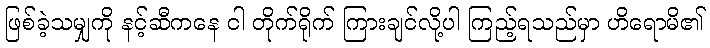
ဖြစ်ခဲ့သမျှကို နင့်ဆီကနေ ငါ တိုက်ရိုက် ကြားချင်လို့ပါ ကြည့်ရသည်မှာ ဟိရောမိ၏